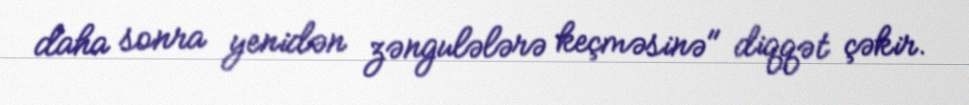
daha sonra yenidən zəngulələrə keçməsinə" diqqət çəkir.